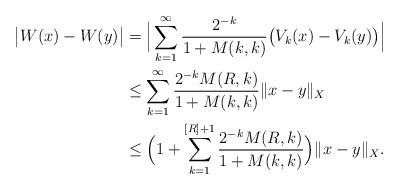
LaTeX: \begin{align*}\big|W(x) - W (y)\big| &= \Big| \sum_{k=1}^{\infty} \frac{2^{-k}}{1+M(k,k)} \big(V_k (x) - V_k (y)\big)\Big| \\&\leq \sum_{k=1}^{\infty} \frac{2^{-k}M(R,k)}{1+M(k,k)} \|x-y\|_X\\&\leq \Big(1+ \sum_{k=1}^{[R] + 1} \frac{2^{-k}M(R,k)}{1+M(k,k)}\Big) \|x-y\|_X.\end{align*}